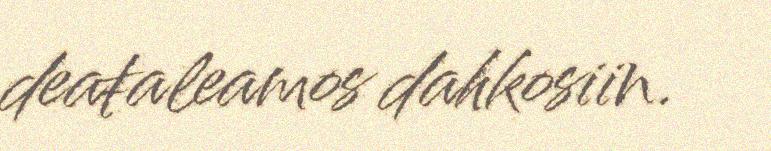
deaŧaleamos dahkosiin.